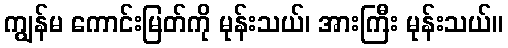
ကျွန်မ ကောင်းမြတ်ကို မုန်းသယ်၊ အားကြီး မုန်းသယ်။